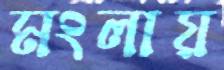
মংলায়